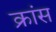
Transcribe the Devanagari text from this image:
क्रांस